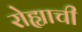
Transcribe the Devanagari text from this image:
रोह्याची